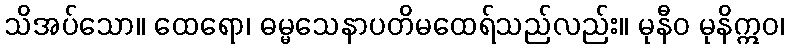
သိအပ်သော။ ထေရော၊ ဓမ္မသေနာပတိမထေရ်သည်လည်း။ မုနီဝ မုနိဣဝ၊